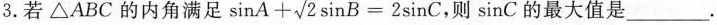
3. 若\triangle ABC的内角满足 $$\sinA+ \sqrt{2}B=\sin C$$, 则\sinC的最大值是___.